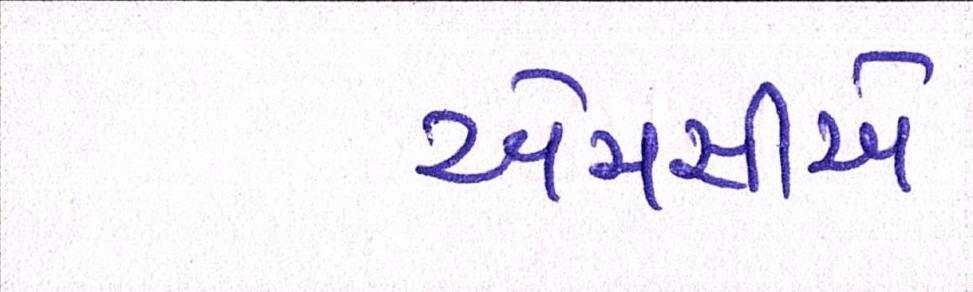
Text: એમસીએ